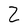
Character: Z